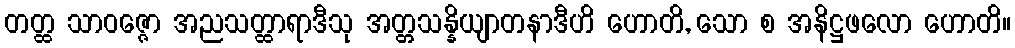
တတ္ထ သာဝဇ္ဇော အညသတ္ထာရာဒီသု အတ္တသန္နိယျာတနာဒီဟိ ဟောတိ, သော စ အနိဋ္ဌဖလော ဟောတိ။